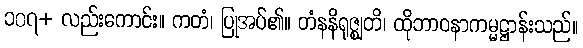
၁၀၇+ လည်းကောင်း။ ကတံ၊ ပြုအပ်၏။ တံနနိရုဇ္ဈတိ၊ ထိုဘာဝနာကမ္မဋ္ဌာန်းသည်။